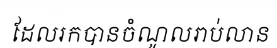
ដែលរកបានចំណូលរាប់លាន